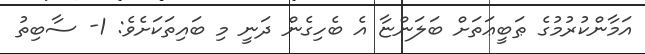
އަމާންކުރުމުގެ ޠަބީޢަތަށް ބަލަންޏާ އެ ބެހިގެން ދަނީ މި ބައިތަކަށެވެ: 1- ސާބިތު